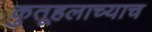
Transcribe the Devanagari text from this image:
कुतूहलाच्याच